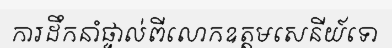
ការដឹកនាំផ្ទាល់ពីលោកឧត្តមសេនីយ៍ទោ